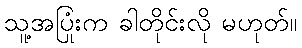
သူ့အပြုံးက ခါတိုင်းလို မဟုတ်။